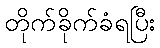
တိုက်ခိုက်ခံရပြီး